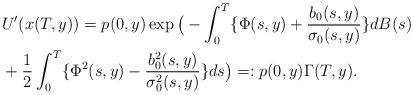
LaTeX: \begin{align*}&U'(x(T,y))= p(0,y) \exp \big( - \int_0^T \{\Phi(s,y) +\frac{b_0(s,y)}{\sigma_0(s,y)} \}dB(s)\\&+\frac{1}{2} \int_0^T\{\Phi^2(s,y) -\frac{b_0^2(s,y)}{\sigma_0^2(s,y)}\} ds \big)=:p(0,y)\Gamma(T,y) .\end{align*}